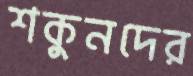
শকুনদের